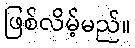
ဖြစ်လိမ့်မည်။